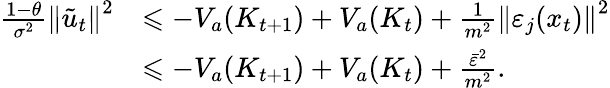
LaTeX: \begin{array}{rl}{\frac{1-\theta}{\sigma^{2}}\left\| \tilde{u}_{t}\right\| ^{2}}&{\leqslant-V_{a}(K_{t+1})+V_{a}(K_{t})+\frac{1}{m^{2}}\left\| \varepsilon_{j}(x_{t})\right\| ^{2}}\\ &{\leqslant-V_{a}(K_{t+1})+V_{a}(K_{t})+\frac{\bar{\varepsilon}^{2}}{m^{2}}.}\end{array}